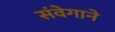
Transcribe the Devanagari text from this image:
संवेगाने